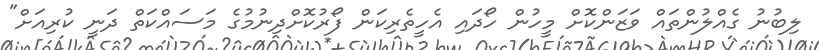
ލިބުނު ގެއްލުންތައް ވަޒަންކޮށް މީހުން ހޯދައި އެހީތެރިކަން ފޯރުކޮށްދިނުމުގެ މަސައްކަތް ދަނީ ކުރިއަށް"